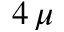
4 \, \mu